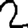
Digit: 2